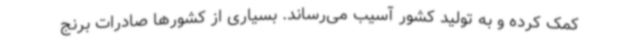
کمک کرده و به تولید کشور آسیب می‌رساند. بسیاری از کشورها صادرات برنج